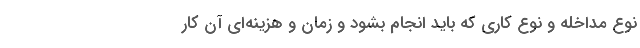
نوع مداخله و نوع کاری که باید انجام بشود و زمان و هزینه‌ای آن کار